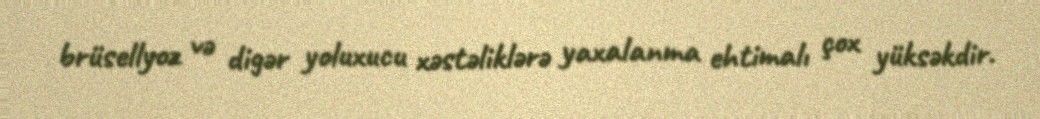
brüsellyoz və digər yoluxucu xəstəliklərə yaxalanma ehtimalı çox yüksəkdir.